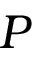
P